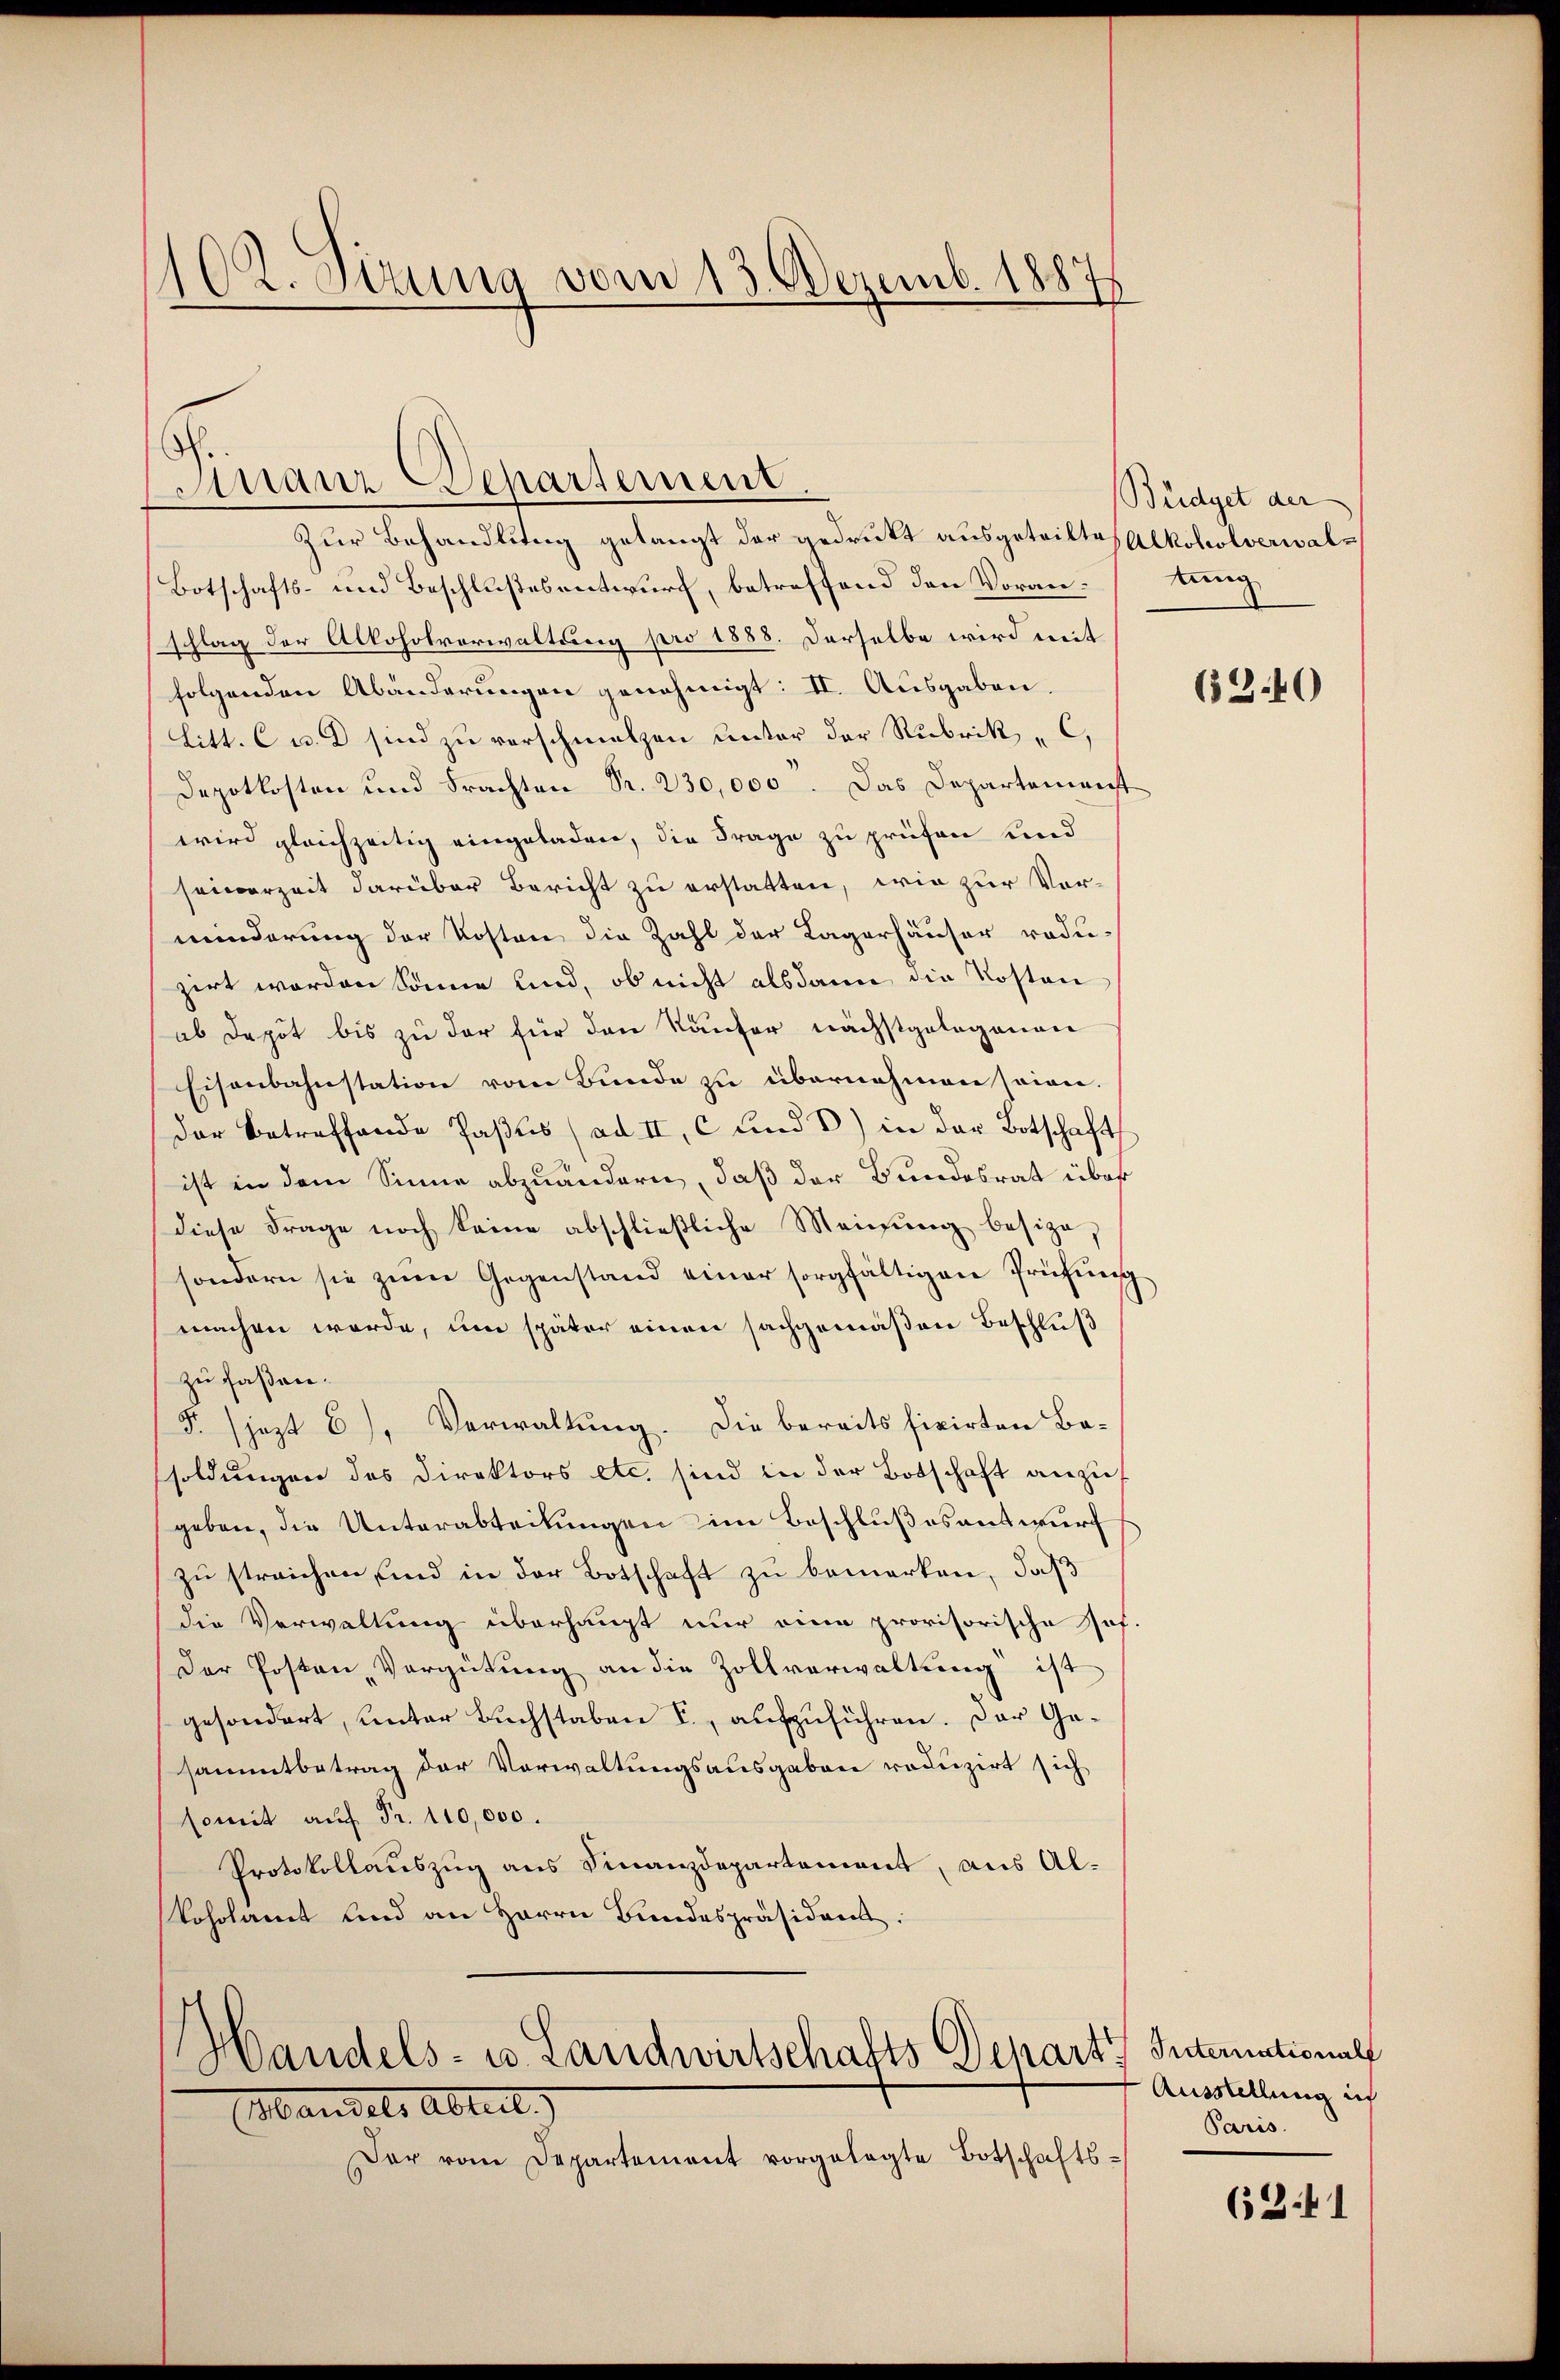
102. Sizung vom 13. Dezemb. 1887

Zur Behandlung gelangt der gedruckt ausgetrittes Alkoholverwal¬
Botschafts- und Beschlußesentwurf, betreffend den Voranschlag der Alkoholverwaltung pro 1888. Derselbe wird mit
folgenden Abänderungen genehmigt: II. Ausgaben.
litt. C w. D sind zu verschmalzen unter der Rubrik „C,
Depotkosten und Frachten Pr. 230,000. Das Departement
wird gleichzeitig eingeladen, die Frage zu prüfen und
seinerzeit darüber Bericht zu erstatten, wie zur Vorminderung der Kosten die Zahl der Lagerhäuser roduzirt worden könne und, ob nicht alsdann die Kostenab Depot bis zu der für den Käufer nächstgelegenen
Eisenbahnstation vom Bunde zu übernehmen seien.
der betreffende Pastis (ad II, C und 3) in der Botschaft
ist in dem Sinne abzuändern, daß der Bundesrat über
Diese Frage noch keine abschließliche Meinŭng besize,
sondern sie zŭm Gegenstand einer sorgfältigen Prüfŭng
machen werde, um später einen sachgemäßen Beschluß
zu faßen.
F jezt 6), Verwaltung. Die bereits fixirten Basoldungen des Direktors etc. sind in der Botschaft anzugeben, die Unterabteilungen im Beschlußes antwurf
zu streichen, und in der Botschaft zu bemerken, daß
die Verwaltung überhaupt nur eine provisorische Hof.
Der Posten Vergütung an die Zollverwaltung ist
gesondert, unter Buchstaben I., aufzuführen. Der Gesammtbetrag der Verwaltungsausgaben reduzirt sich
somit auf Fr. 110,000.
Protokollauszug aus Finanzdepartement, aus Alkoholamt und an Herrn Bundespräsident.

Manz Departement

Handels- u. Landwirtschafts Depart
Mandels Abteil

Büdget der
kung

Der vom Departement vorgelegte Botschafts¬

630

Internationale
Ausstellung ich
Paris.

6241